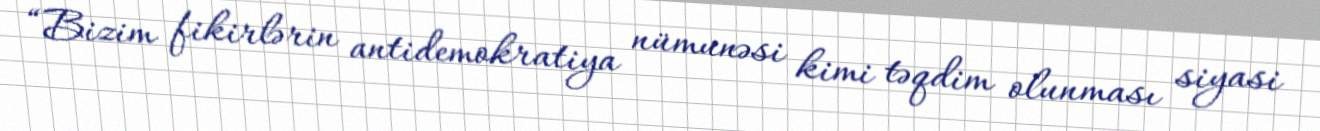
“Bizim fikirlərin antidemokratiya nümunəsi kimi təqdim olunması siyasi